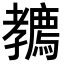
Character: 𡦲